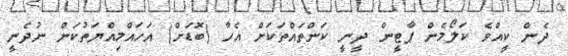
ދެން ކީއްވެ ކަލޯމެން ޕާޓީން ދީނީ ކަންތައްތަކަށް އެހާ (ބޮޑަށް) އަހައްމިއްޔަތުކަން ނުދެނީ